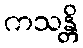
ကသန္တိ